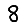
Digit: 8